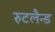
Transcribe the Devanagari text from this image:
रुटलैन्ड